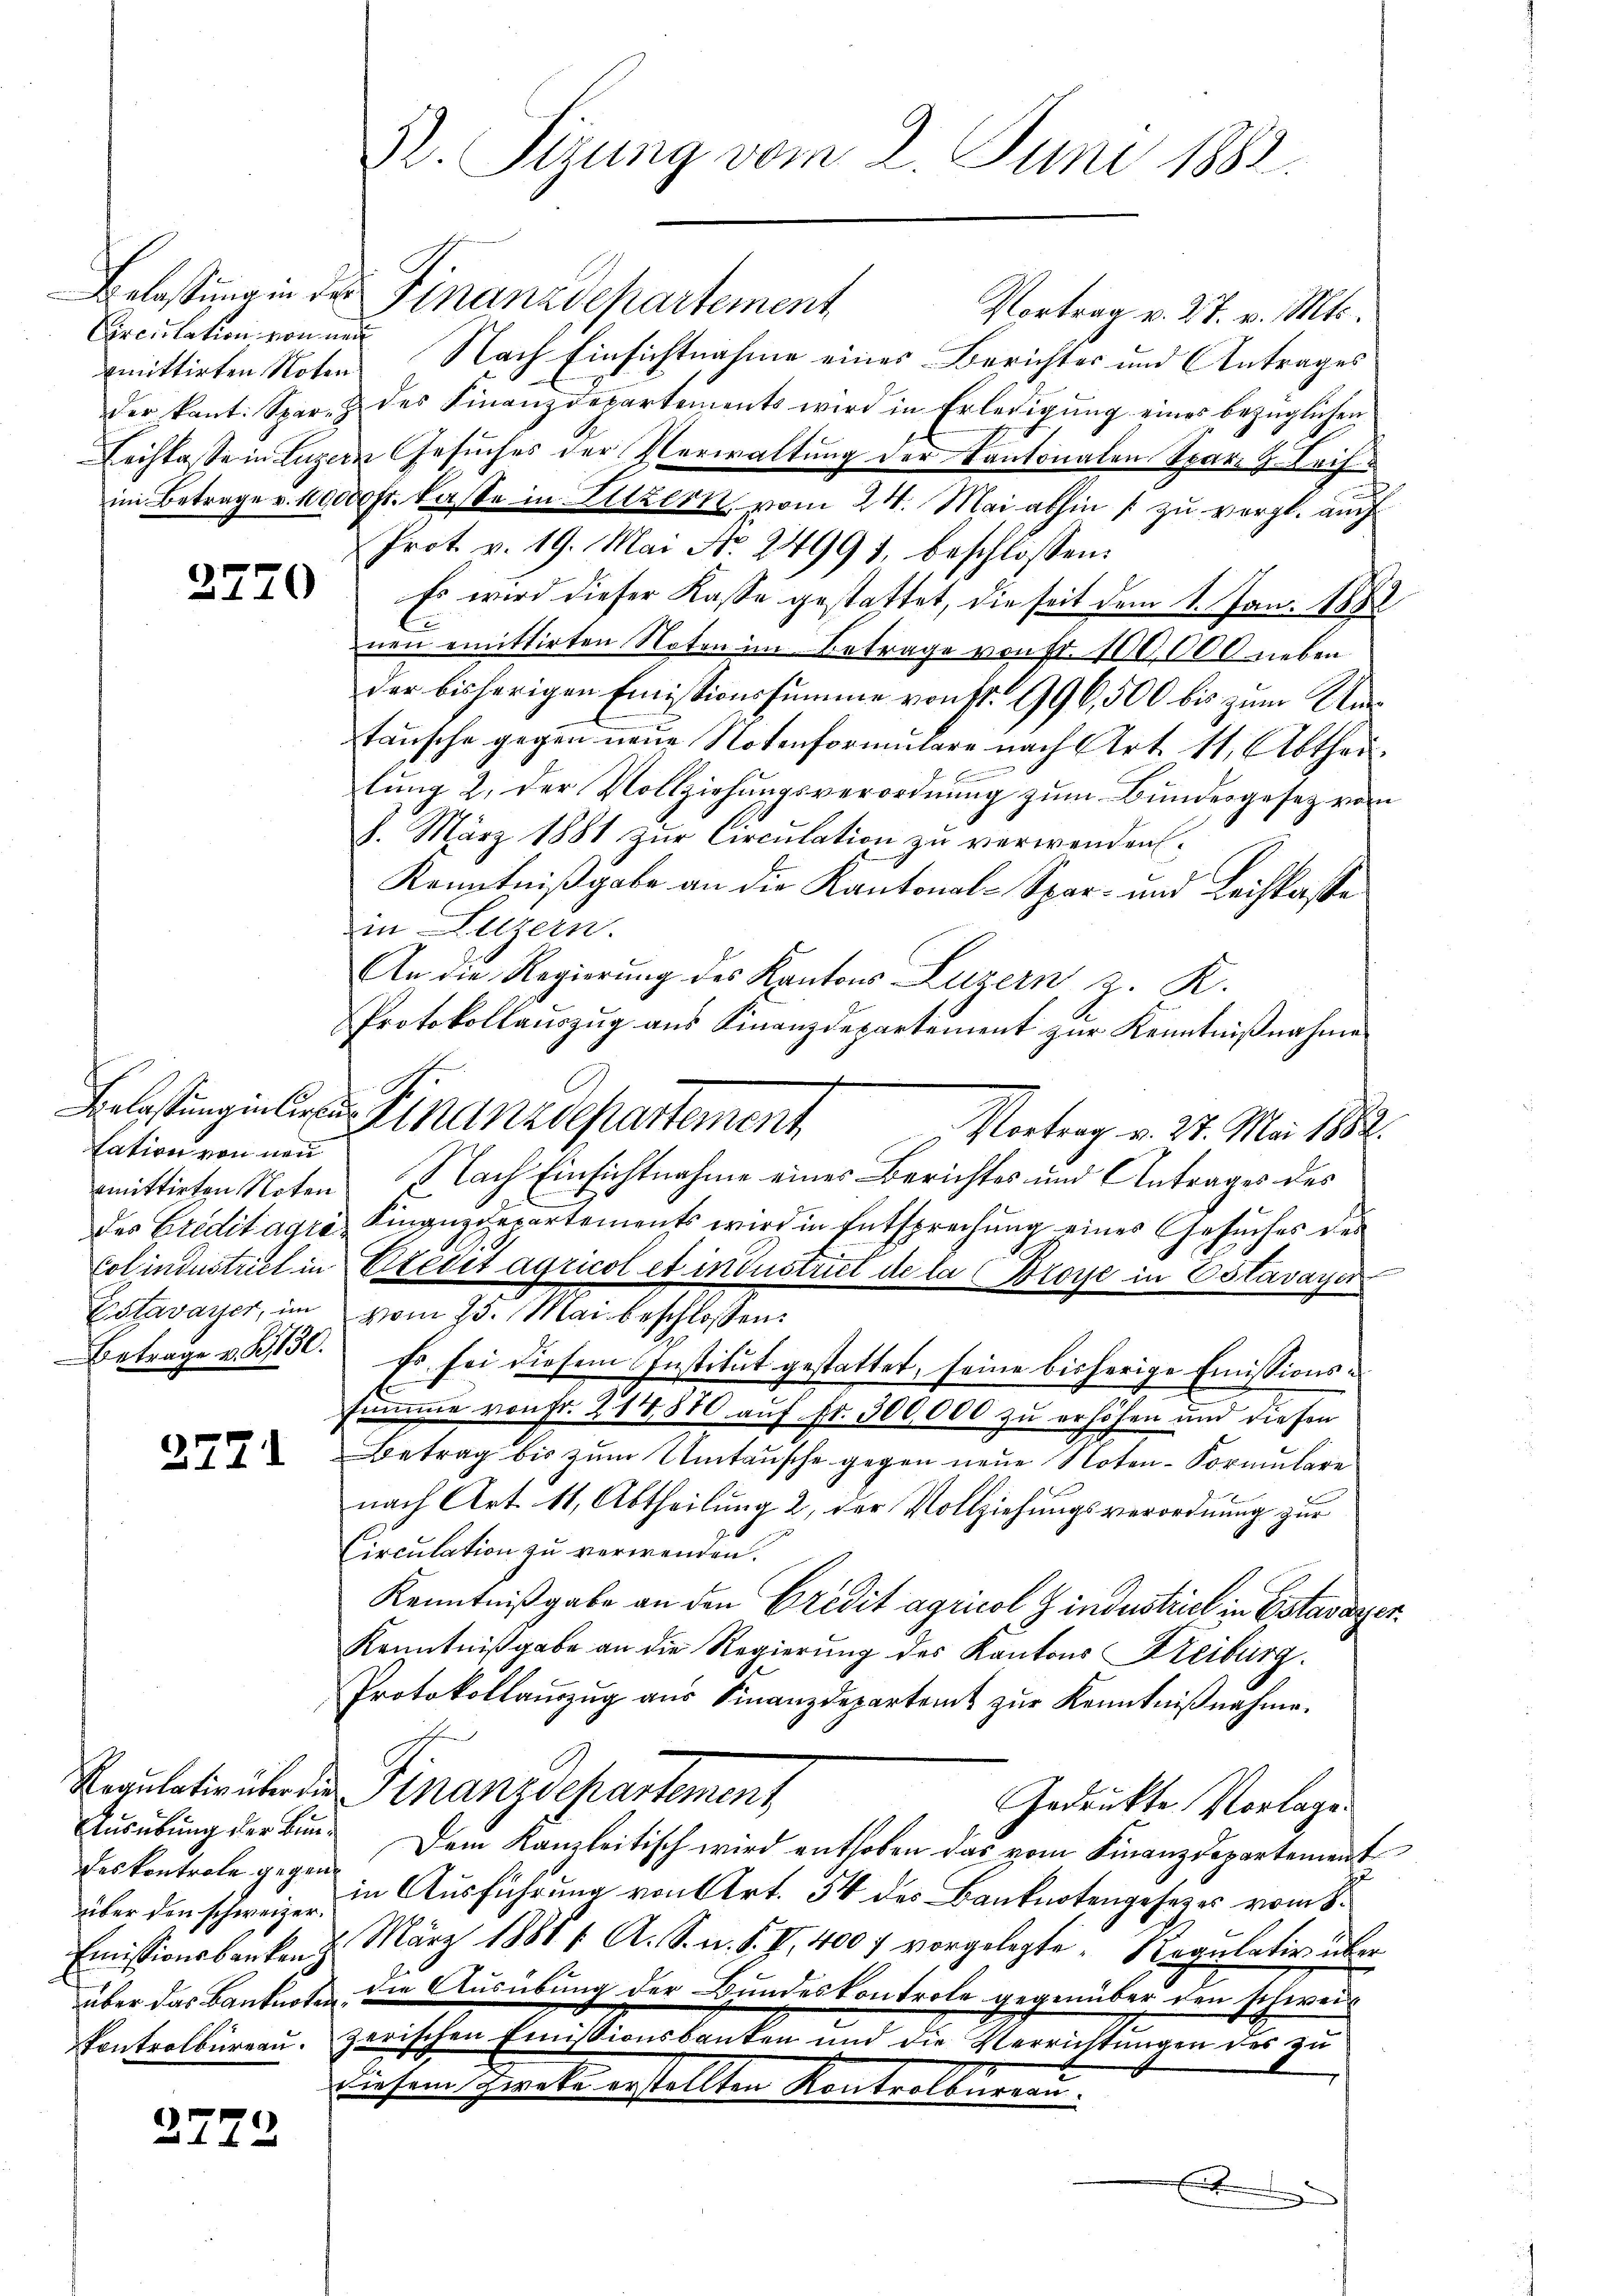
Circulation von neu
emittirten Noten

2770

tation von neu
Estavayer, im
Betrage v. 130.

2771

deskontrole gegenüber den schweizer.
Emissionsbanken
über das Banknoten
Pontrolbureau.

2772

52. Serung vom 2. Juni 1882.

Belastung in der Finanzdepartement
Vortrag v. 27. v. Mts.
Nach Einsichtnahme eines Berichter und Antrages
der kant. Spar- & des Finanzdepartements wird in Erledigŭng eines bezüglichen
Lechte Sein Luzern Gesuches der Verwaltung der Kantonalen Spar- & Leihim Betrage u. 100,000 Fr. kasse in Hitzern, vom 24. Mai abhin zu vergl. auch
Prot. v. 19. Mai No. 24993, beschlossen:
Es wird dieser Kasse gestattet, die seit dem 1. Jan. 1882
nen emittirten Noten im Betrage von fr. 100,000 neben
der bisherigen Emissionssumme von fr. 996,500 bis zum Unstausche gegen neue Notenformulare nach Art. 11, Abtheilung 2. der Vollziehungsverordnung zum Bundesgesetz vom
8. März 1881 zur Circulation zu verwenden.
Kenntnißgabe an die Kantonal-Spar- und Leihkasse
in Luzern.
An die Regierung des Kantons Luzern, z. K.
Protokollauszug aus Finanzdepartement zur Kenntnißnahme
Vortrag v. 27. Mai 1882.
mittirten Noten Nach Einsichtnahme einer Berichtes und Antrages des
des Creditagra Finanzdepartements wird in Entsprechung eines Gesuches der
Colindustriel in Credit agricol et in Instrut de la (Broye in Estavayer
vom 23. Mai beschlossen:
Es sei diesem Institut gestattet, seine bisherige Emissions¬
E
summe von Fr. 214,880 auf fr. 300,000 zu erhöhen und diesen
Betrag bis zum Umtausche gegen neue Noten-Formulare
nach Art. 11, Abtheilung 2 der Vollziehungsverordnung zur
Circulation zu verwenden.
Kenntnißgabe an den Credit agricol findustriel in Estavayer
Kenntnißgabe an die Regierung des Kantons Freiburg.
Protokollanzŭg aŭs Finanzdepartemt zŭr Kenntniβnahme.
Regulatio überden Finanzdepartement
Gedrückte Vorlage.
Ausübung der bin. Dem Kanzleitisch wird enthoben das vom Finanzdepartement
z
in Ausführung von Art. 54 des Banknotengesetzes vom 8.
März 18811. A. S. n. F. VI, 400 f vorgelegte Regulativ über
die Ausübung der Bundeskontrole gegenüber den schweizerischen Emissionsbanken und die Verrichtungen des zu
Biesem Zwecke erstellten Kontrolbureau.
E

Belastung in der Finanzdepartement